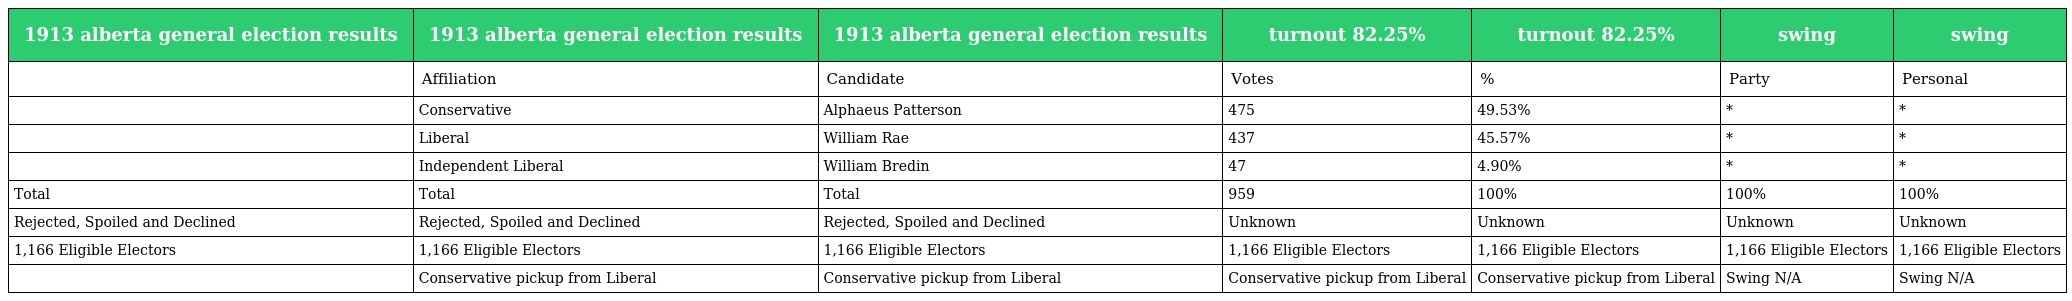
| 1913 alberta general election results | 1913 alberta general election results | 1913 alberta general election results | turnout 82.25% | turnout 82.25% | swing | swing |
 | --- | --- | --- | --- | --- | --- | --- |
 |  | Affiliation | Candidate | Votes | % | Party | Personal |
 |  | Conservative | Alphaeus Patterson | 475 | 49.53% | * | * |
 |  | Liberal | William Rae | 437 | 45.57% | * | * |
 |  | Independent Liberal | William Bredin | 47 | 4.90% | * | * |
 | Total | Total | Total | 959 | 100% | 100% | 100% |
 | Rejected, Spoiled and Declined | Rejected, Spoiled and Declined | Rejected, Spoiled and Declined | Unknown | Unknown | Unknown | Unknown |
 | 1,166 Eligible Electors | 1,166 Eligible Electors | 1,166 Eligible Electors | 1,166 Eligible Electors | 1,166 Eligible Electors | 1,166 Eligible Electors | 1,166 Eligible Electors |
 |  | Conservative pickup from Liberal | Conservative pickup from Liberal | Conservative pickup from Liberal | Conservative pickup from Liberal | Swing N/A | Swing N/A |